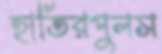
হাতিরপুলস